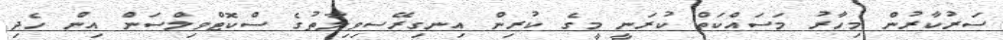
ސަރުކާރުން މިހާރު މަސައްކަތް ކުރަނީ މީގެ ކުރިން އިނގިރޭސިވިލާތުގެ ސްކޮޓްވިލްސަން އިން ހެދި